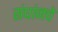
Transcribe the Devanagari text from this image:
संघांनचे